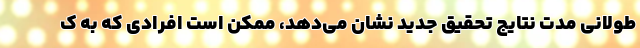
طولانی‌ مدت نتایج تحقیق جدید نشان می‌دهد، ممکن است افرادی که به ک